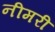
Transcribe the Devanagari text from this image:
नीमरी